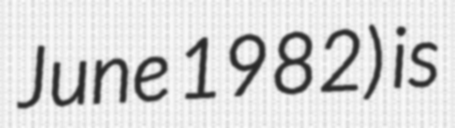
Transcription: June 1982) is